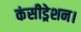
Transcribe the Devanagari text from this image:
कंसीड्रेशन।